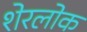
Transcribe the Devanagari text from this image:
शेरलोक